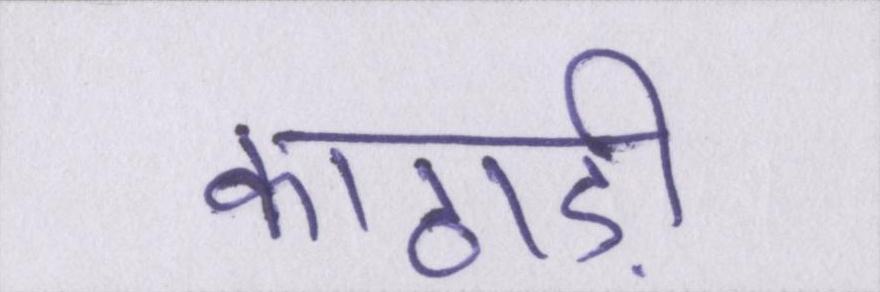
काठाड़ी